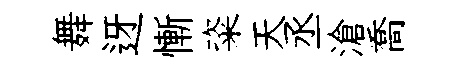
舞迓慚粢天丞滄喬